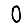
Digit: 0